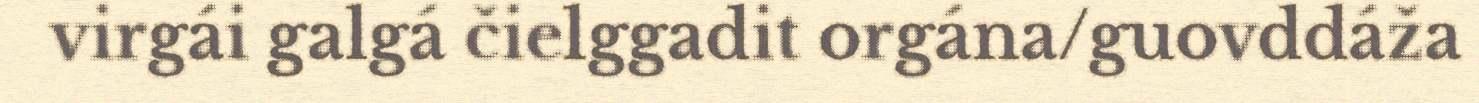
virgái galgá čielggadit orgána/guovddáža